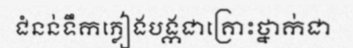
ជំនន់ទឹកភ្លៀងបង្កជាគ្រោះថ្នាក់ជា